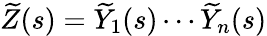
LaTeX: {\widetilde{Z}}(s)={\widetilde{Y}}_{1}(s)\cdots{\widetilde{Y}}_{n}(s)